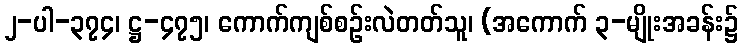
၂-ပါ-၃၇၄၊ ဋ္ဌ-၄၇၅၊ ကောက်ကျစ်စဉ်းလဲတတ်သူ၊ (အကောက် ၃-မျိုးအခန်း၌